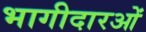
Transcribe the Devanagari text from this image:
भागीदारओं